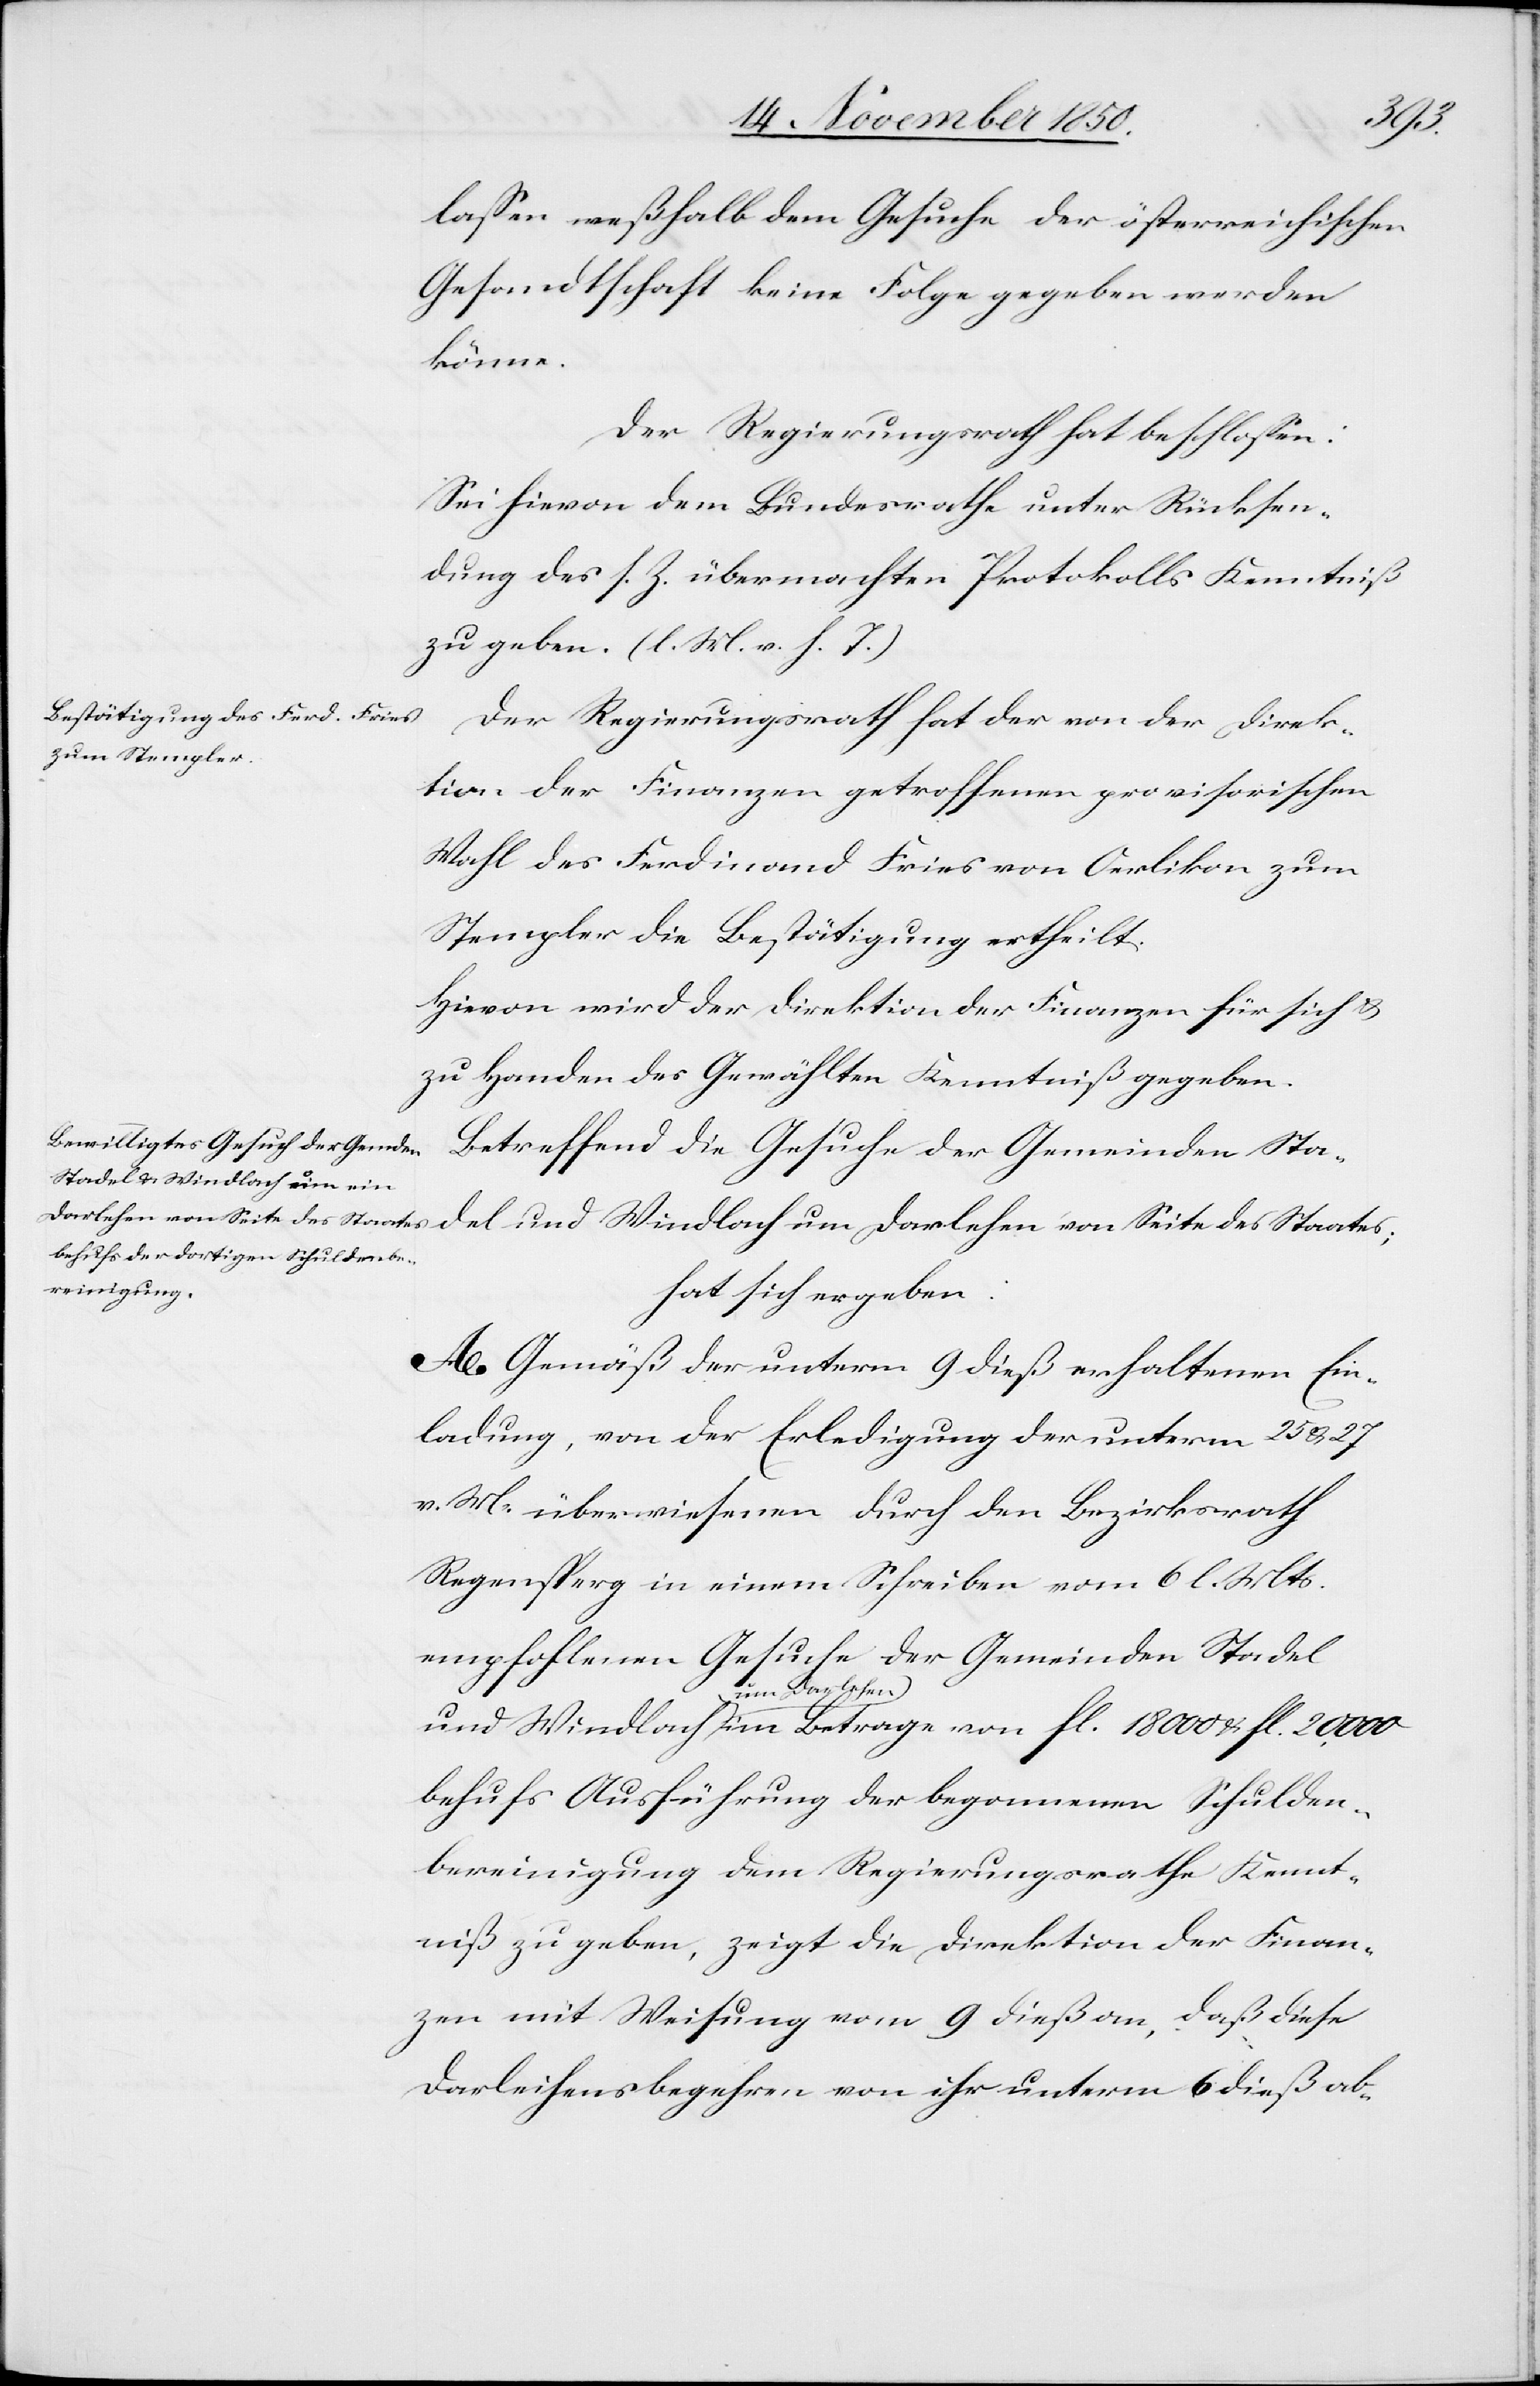
u.
lassen weßhalb dem Gesuche der österreichischen
Gesandtschaft keine Folge gegeben werden
könne.
Der Regierungsrath hat beschlossen:
Sei hievon dem Bundesrathe unter Rücksen¬
dung des s. Z. übermachten Protokolls Kenntniß
zu geben. (l. M. v. h. T.)
Der Regierungsrath hat der von der Direk¬
tion der Finanzen getroffenen provisorischen
Wahl des Ferdinand Fries von Oerlikon zum
Stempler die Bestätigung ertheilt.
Hievon wird der Direktion der Finanzen für sich u.
zu Handen des Gewählten Kenntniß gegeben.
Betreffend die Gesuche der Gemeinden Sta¬
hat sich ergeben:
A. Gemäß der unterm 9 dieß erhaltenen Ein¬
ladung, von der Erledigung der unterm 25 u. 27
v. M. überwiesenen durch den Bezirksrath
Regensperg in einem Schreiben vom 6 l. Mts.
empfohlenen Gesuche der Gemeinden Stadel
um Darlehen
behufs Ausführung der begonnen Schulden¬
bereinigung dem Regierungsrathe Kennt¬
niß zu geben, zeigt die Direktion der Finan¬
zen mit Weisung vom 9 dieß an, daß diese
Darlehensbegehren von ihr unterm 6 dieß ab-